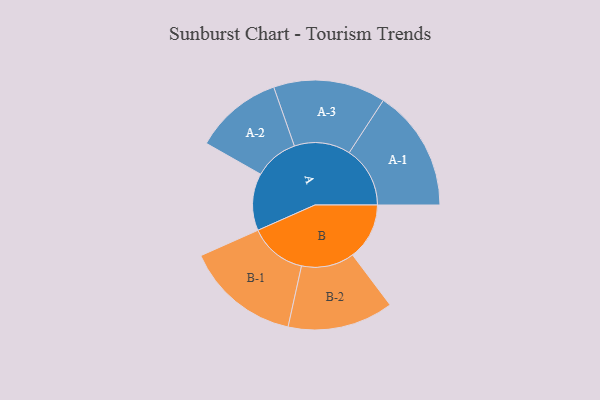
{"axis": {"x": "Segment", "y": "Value"}, "legend": ["", "A", "B"], "data": [{"x": "A", "y": 265, "type": ""}, {"x": "B", "y": 263, "type": ""}, {"x": "A-1", "y": 282, "type": "A"}, {"x": "A-2", "y": 204, "type": "A"}, {"x": "A-3", "y": 260, "type": "A"}, {"x": "B-1", "y": 266, "type": "B"}, {"x": "B-2", "y": 245, "type": "B"}]}